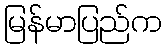
မြန်မာပြည်က